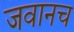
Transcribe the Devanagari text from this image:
जवानच